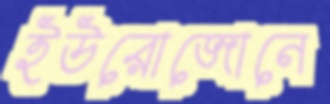
ইউরোজোনে